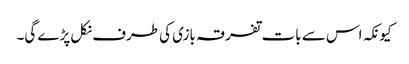
کیونکہ اس سے بات تفرقہ بازی کی طرف نکل پڑے گی۔